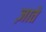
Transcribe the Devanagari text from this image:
ज़ाते